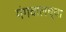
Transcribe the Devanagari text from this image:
गंगवालच्या